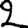
Digit: 2